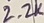
Text: 2.2K